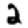
Digit: 2